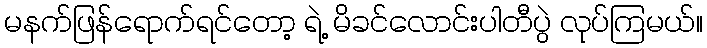
မနက်ဖြန်ရောက်ရင်တော့ ရဲ့ မိခင်လောင်းပါတီပွဲ လုပ်ကြမယ်။